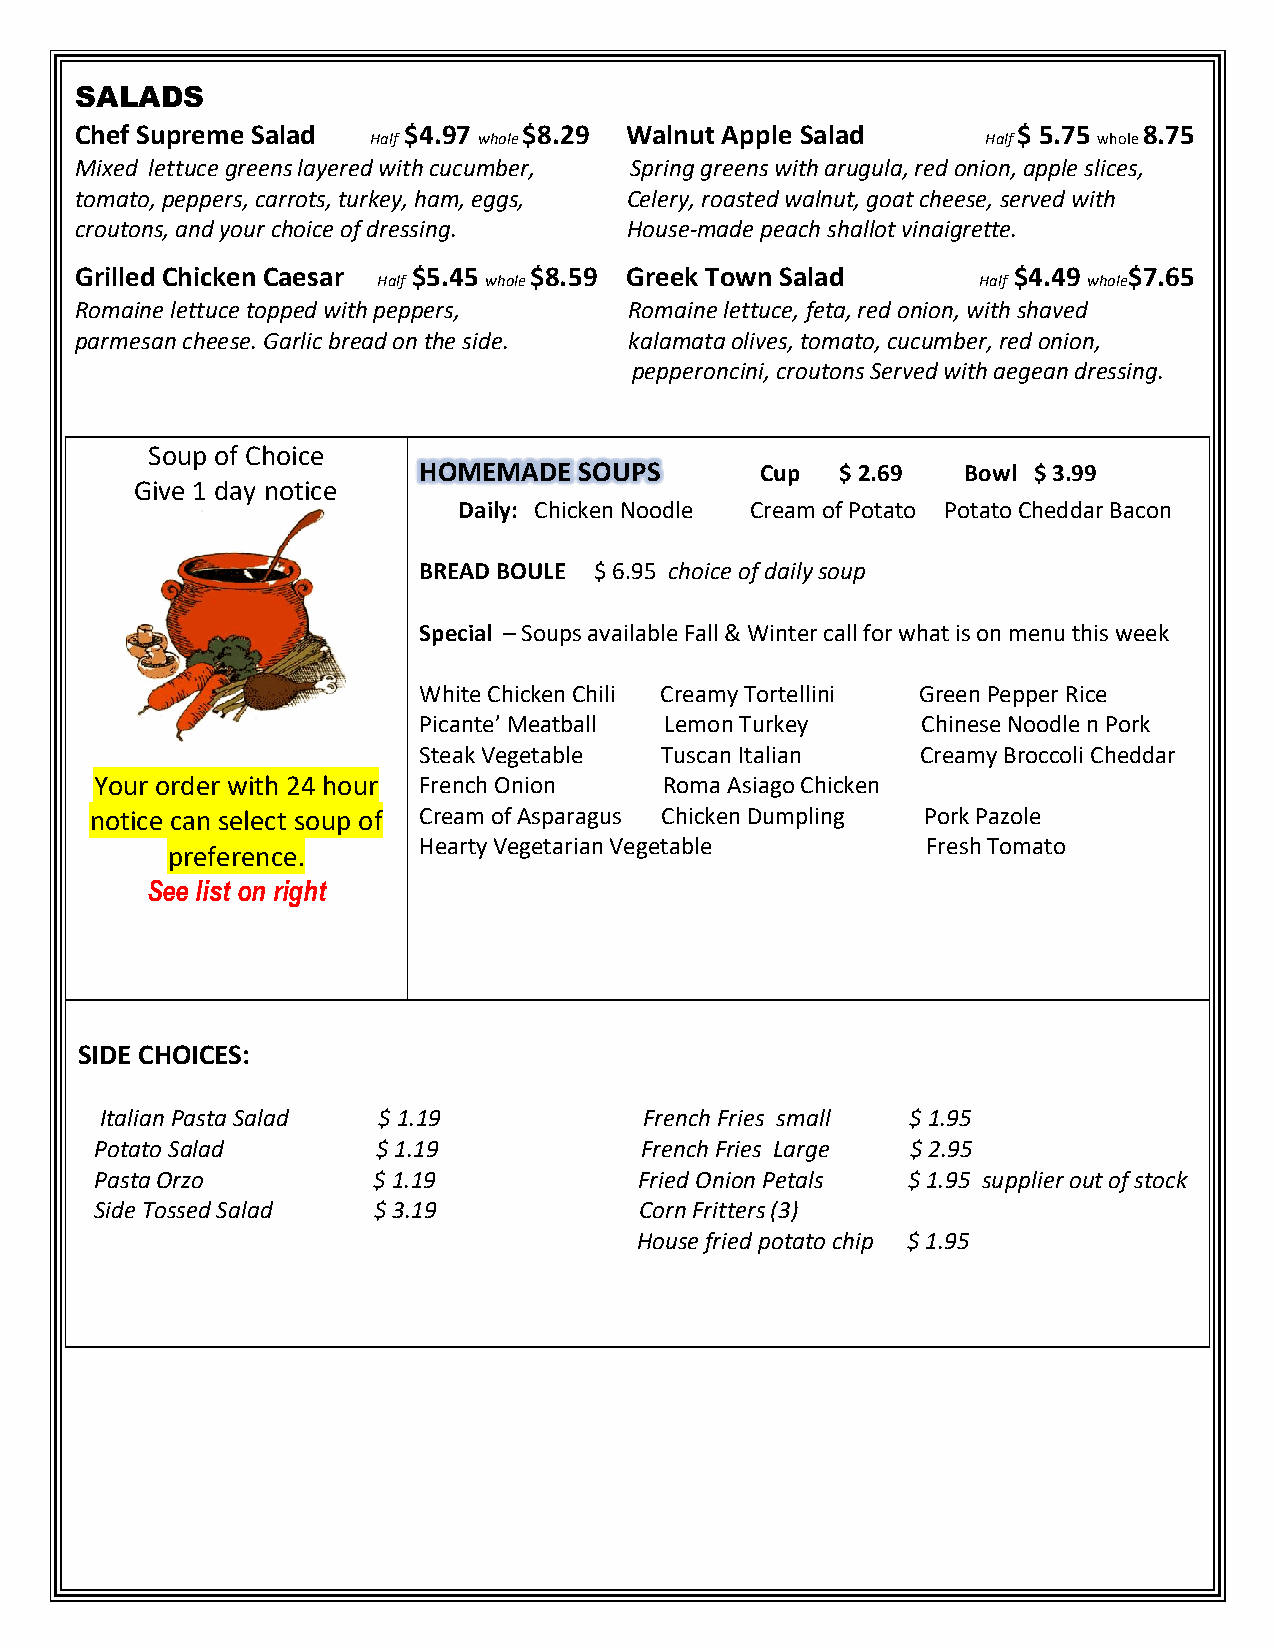
SALADS
 Chef Supreme Salad    $4.97   $8.29 Walnut Apple Salad        $ 5.75   8.75
 Half    whole                            Half    whole
 Mixed lettuce greens layered with cucumber, Spring greens with arugula, red onion, apple slices,
 tomato, peppers, carrots, turkey, ham, eggs, Celery, roasted walnut, goat cheese, served with
 croutons, and your choice of dressing. House-made peach shallot vinaigrette.
 Grilled Chicken Caesar $5.45  $8.59 Greek Town Salad          $4.49   $7.65
 Half   whole                            Half   whole
 Romaine lettuce topped with peppers, Romaine lettuce, feta, red onion, with shaved
 parmesan cheese. Garlic bread on the side. kalamata olives, tomato, cucumber, red onion,
 pepperoncini, croutons Served with aegean dressing.
 Soup of Choice
 HOMEMADE  SOUPS       Cup   $ 2.69  Bowl $ 3.99
 Give 1 day notice
 Daily: Chicken Noodle Cream of Potato Potato Cheddar Bacon
 BREAD BOULE $ 6.95 choice of daily soup
 Special – Soups available Fall & Winter call for what is on menu this week
 White Chicken Chili Creamy Tortellini Green Pepper Rice
 Picante’ Meatball Lemon Turkey   Chinese Noodle n Pork
 Steak Vegetable Tuscan Italian   Creamy Broccoli Cheddar
 Your order with 24 hour French Onion  Roma Asiago Chicken
 notice can select soup of Cream of Asparagus Chicken Dumpling Pork Pazole
 Hearty Vegetarian Vegetable      Fresh Tomato
 preference.
 See list on right
 SIDE CHOICES:
 Italian Pasta Salad $ 1.19          French Fries small $ 1.95
 Potato Salad       $ 1.19           French Fries Large $ 2.95
 Pasta Orzo         $ 1.19           Fried Onion Petals $ 1.95 supplier out of stock
 Side Tossed Salad  $ 3.19           Corn Fritters (3)
 House fried potato chip $ 1.95